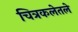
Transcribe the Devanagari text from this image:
चित्रकलेतले